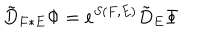
LaTeX: \tilde { D } _ { F \ast E } \Phi = e ^ { S ( F , E ) } \tilde { D } _ { E } \Phi